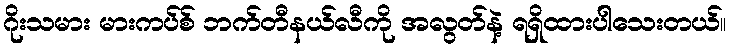
ဂိုးသမား မားကပ်စ် ဘက်တီနယ်လီကို အလွတ်နဲ့ ရရှိထားပါသေးတယ်။